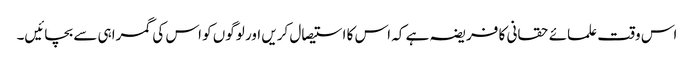
اس وقت علمائے حقانی کا فریضہ ہے کہ اس کا استیصال کریں اور لوگوں کو اس کی گمراہی سے بچائیں۔